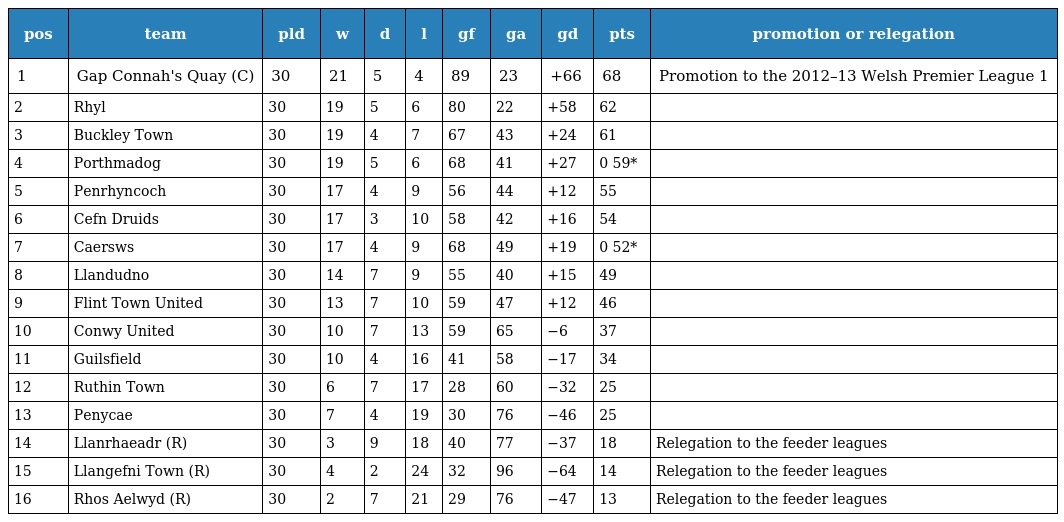
| pos | team | pld | w | d | l | gf | ga | gd | pts | promotion or relegation |
 | --- | --- | --- | --- | --- | --- | --- | --- | --- | --- | --- |
 | 1 | Gap Connah's Quay (C) | 30 | 21 | 5 | 4 | 89 | 23 | +66 | 68 | Promotion to the 2012–13 Welsh Premier League 1 |
 | 2 | Rhyl | 30 | 19 | 5 | 6 | 80 | 22 | +58 | 62 |  |
 | 3 | Buckley Town | 30 | 19 | 4 | 7 | 67 | 43 | +24 | 61 |  |
 | 4 | Porthmadog | 30 | 19 | 5 | 6 | 68 | 41 | +27 | 0 59* |  |
 | 5 | Penrhyncoch | 30 | 17 | 4 | 9 | 56 | 44 | +12 | 55 |  |
 | 6 | Cefn Druids | 30 | 17 | 3 | 10 | 58 | 42 | +16 | 54 |  |
 | 7 | Caersws | 30 | 17 | 4 | 9 | 68 | 49 | +19 | 0 52* |  |
 | 8 | Llandudno | 30 | 14 | 7 | 9 | 55 | 40 | +15 | 49 |  |
 | 9 | Flint Town United | 30 | 13 | 7 | 10 | 59 | 47 | +12 | 46 |  |
 | 10 | Conwy United | 30 | 10 | 7 | 13 | 59 | 65 | −6 | 37 |  |
 | 11 | Guilsfield | 30 | 10 | 4 | 16 | 41 | 58 | −17 | 34 |  |
 | 12 | Ruthin Town | 30 | 6 | 7 | 17 | 28 | 60 | −32 | 25 |  |
 | 13 | Penycae | 30 | 7 | 4 | 19 | 30 | 76 | −46 | 25 |  |
 | 14 | Llanrhaeadr (R) | 30 | 3 | 9 | 18 | 40 | 77 | −37 | 18 | Relegation to the feeder leagues |
 | 15 | Llangefni Town (R) | 30 | 4 | 2 | 24 | 32 | 96 | −64 | 14 | Relegation to the feeder leagues |
 | 16 | Rhos Aelwyd (R) | 30 | 2 | 7 | 21 | 29 | 76 | −47 | 13 | Relegation to the feeder leagues |